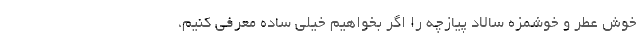
خوش عطر و خوشمزه سالاد پیازچه را اگر بخواهیم خیلی ساده معرفی کنیم،